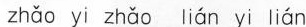
zhǎo yi zhǎo lián yi lián